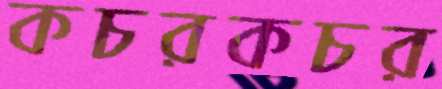
কচরকচর